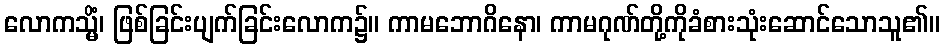
လောကသ္မိံ၊ ဖြစ်ခြင်းပျက်ခြင်းလောက၌။ ကာမဘောဂိနော၊ ကာမဂုဏ်တို့ကိုခံစားသုံးဆောင်သောသူ၏။